system: You are a helpful assistant.
user:
Analyze the provided spectrum to determine if it is a **Carbon Star (C-type)**.

- **Key Visual Indicators of Carbon Star:**
    - **(Primary):** Strong molecular absorption from **C₂ (diatomic carbon) "Swan Bands."** This is the **defining feature** of a carbon star.
        - **(Key Bandheads):** Sharp absorption edges are visible at approximately $5635$ Å, $5165$ Å (the strongest band), and $4737$ Å.
        - **(Line Profile):** Creates a distinct **"saw-tooth"** pattern. The key morphology is a sharp, steep bandhead on the **red (long-wavelength) side**, which then gradually tapers off (i.e., flux recovers) towards the **blue (short-wavelength) side**. *(This is the direct opposite of the TiO bands seen in M-type stars)*.

    - **(Secondary):** Intense **CN (cyanogen)** molecular absorption bands.
        - **(Key Bandheads):** Located in the blue and violet regions of the spectrum (e.g., near $4215$ Å and $3883$ Å).
        - **(Morphology):** These bands are extremely broad and act as a "blanket," absorbing the vast majority of blue and violet light. This creates a characteristic **"cliff"** or **"steep drop-off"** in the spectrum's flux at short wavelengths.

    - **(Key Confirmation):** Strong **CH absorption band (G-band)**.
        - **(Key Bandhead):** Located around $4300$ Å. The contribution from CH molecules to this band is exceptionally strong.

    - **(Overall Spectrum):**
        - The continuum is severely "chopped up" by these deep molecular bands, especially C₂, rather than appearing as a smooth curve.
        - Due to the heavy CN and C₂ absorption in the blue-green, the vast majority of the star's flux is concentrated in the red part of the spectrum, giving the star its characteristic deep red color.

Think first, call **spectral_visualization_tool** if needed to examine features in detail, then provide your final answer. Your response must adhere to the following strict rules:
1.  **Overall Structure:** Your response must follow the format `<think>...</think> <tool_call>...</tool_call> (if a tool is used) <answer>...</answer>`.
2.  **Tool Usage Constraint:** You may only make **one** tool call per turn.
3.  **Final Answer Format:** In the `<answer>` tag, your conclusion must be inside a `\boxed{}` command (e.g., `\boxed{YES}`), followed by your justification.

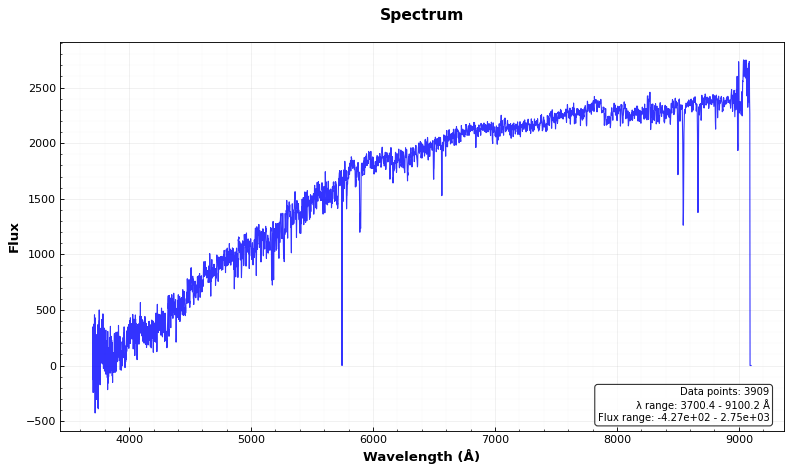
Answer: NO